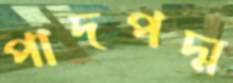
পাদপদ্ম